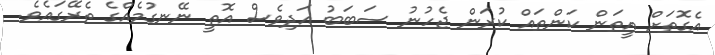
އެގޮތަށް އީތަން ކަންތައް ކުރަން ޖެހުނު ސަބަބު އަދިވެސް އޮތީ ނޭނގުމެއްގެ ތެރޭގައެވެ.